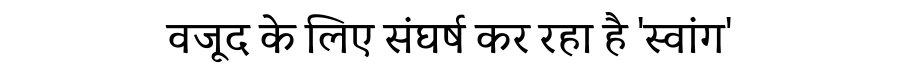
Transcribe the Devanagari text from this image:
वजूद के लिए संघर्ष कर रहा है 'स्वांग'